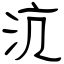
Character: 沆